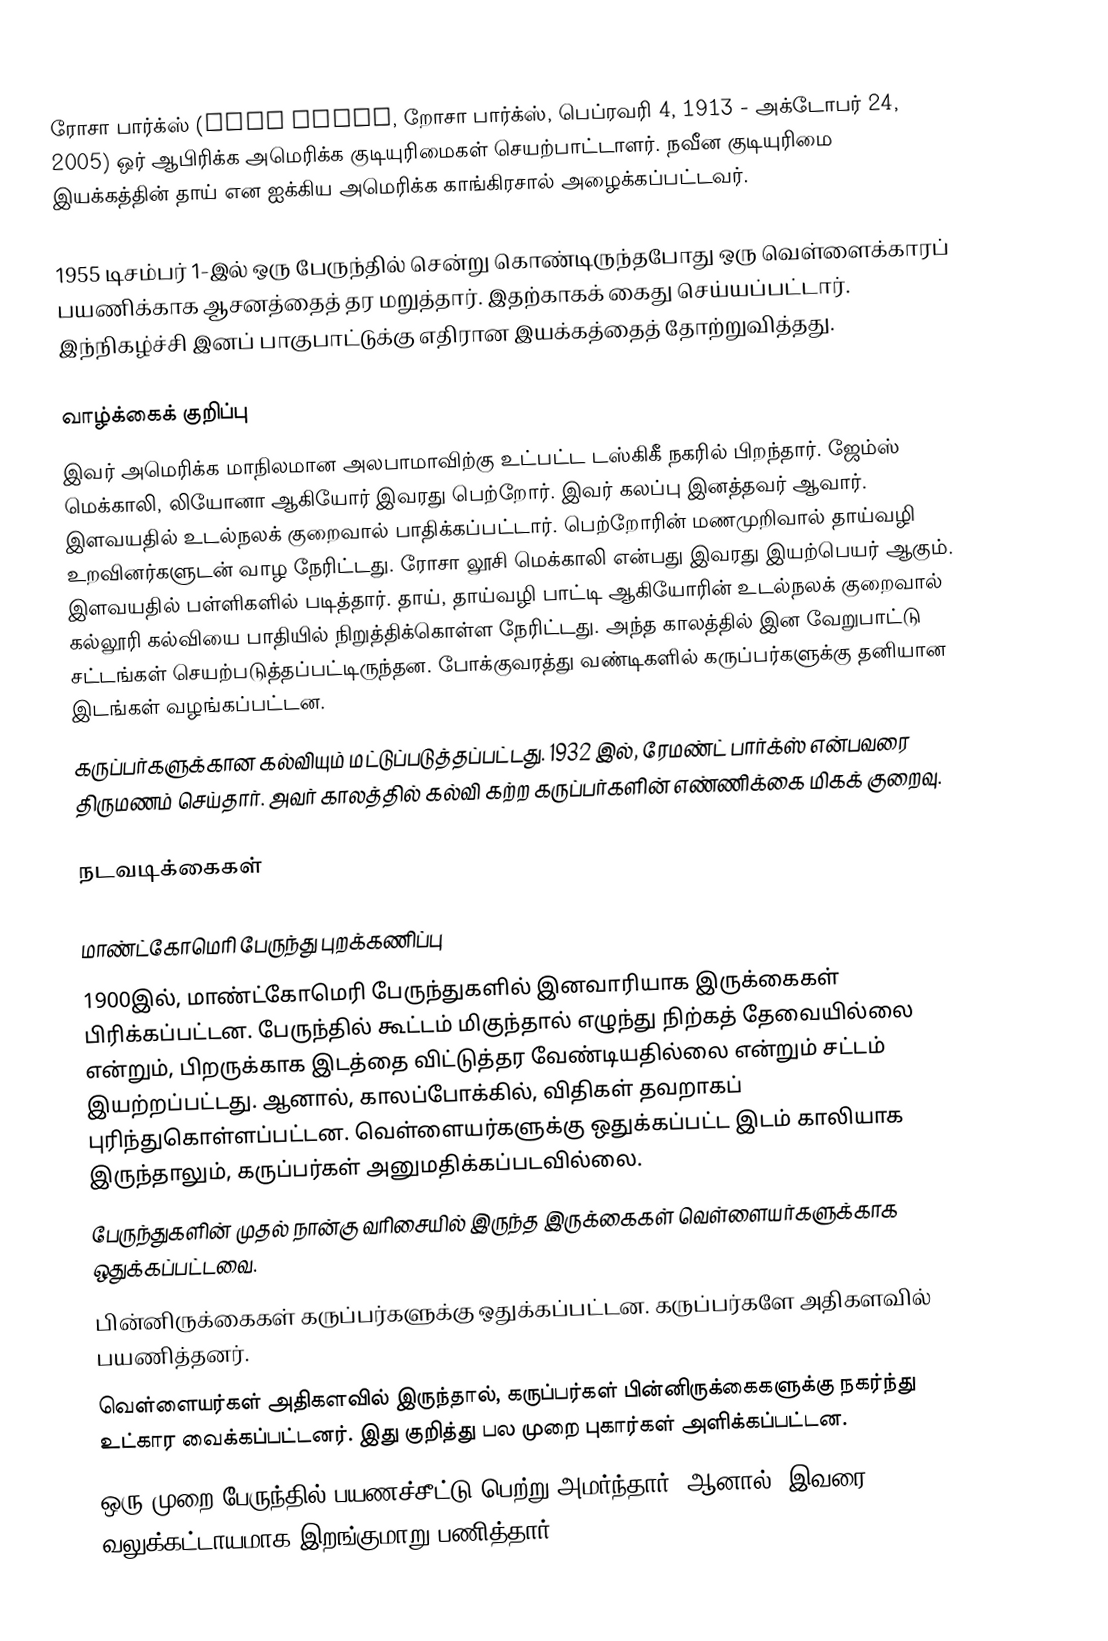
ரோசா பார்க்ஸ் (Rosa Parks, றோசா பார்க்ஸ், பெப்ரவரி 4, 1913 - அக்டோபர் 24, 2005) ஒர் ஆபிரிக்க அமெரிக்க குடியுரிமைகள் செயற்பாட்டாளர். நவீன குடியுரிமை இயக்கத்தின் தாய் என ஐக்கிய அமெரிக்க காங்கிரசால் அழைக்கப்பட்டவர்.

1955 டிசம்பர் 1-இல் ஒரு பேருந்தில் சென்று கொண்டிருந்தபோது ஒரு வெள்ளைக்காரப் பயணிக்காக ஆசனத்தைத் தர மறுத்தார். இதற்காகக் கைது செய்யப்பட்டார். இந்நிகழ்ச்சி இனப் பாகுபாட்டுக்கு எதிரான இயக்கத்தைத் தோற்றுவித்தது.

வாழ்க்கைக் குறிப்பு
இவர் அமெரிக்க மாநிலமான அலபாமாவிற்கு உட்பட்ட டஸ்கிகீ நகரில் பிறந்தார். ஜேம்ஸ் மெக்காலி, லியோனா ஆகியோர் இவரது பெற்றோர். இவர் கலப்பு இனத்தவர் ஆவார். இளவயதில் உடல்நலக் குறைவால் பாதிக்கப்பட்டார். பெற்றோரின் மணமுறிவால் தாய்வழி உறவினர்களுடன் வாழ நேரிட்டது. ரோசா லூசி மெக்காலி என்பது இவரது இயற்பெயர் ஆகும். இளவயதில் பள்ளிகளில் படித்தார். தாய், தாய்வழி பாட்டி ஆகியோரின் உடல்நலக் குறைவால் கல்லூரி கல்வியை பாதியில் நிறுத்திக்கொள்ள நேரிட்டது. அந்த காலத்தில் இன வேறுபாட்டு சட்டங்கள் செயற்படுத்தப்பட்டிருந்தன. போக்குவரத்து வண்டிகளில் கருப்பர்களுக்கு தனியான இடங்கள் வழங்கப்பட்டன.
கருப்பர்களுக்கான கல்வியும் மட்டுப்படுத்தப்பட்டது. 1932 இல், ரேமண்ட் பார்க்ஸ் என்பவரை திருமணம் செய்தார். அவர் காலத்தில் கல்வி கற்ற கருப்பர்களின் எண்ணிக்கை மிகக் குறைவு.

நடவடிக்கைகள்

மாண்ட்கோமெரி பேருந்து புறக்கணிப்பு
1900இல், மாண்ட்கோமெரி பேருந்துகளில் இனவாரியாக இருக்கைகள் பிரிக்கப்பட்டன. பேருந்தில் கூட்டம் மிகுந்தால் எழுந்து நிற்கத் தேவையில்லை என்றும், பிறருக்காக இடத்தை விட்டுத்தர வேண்டியதில்லை என்றும் சட்டம் இயற்றப்பட்டது. ஆனால், காலப்போக்கில், விதிகள் தவறாகப் புரிந்துகொள்ளப்பட்டன. வெள்ளையர்களுக்கு ஒதுக்கப்பட்ட இடம் காலியாக இருந்தாலும், கருப்பர்கள் அனுமதிக்கப்படவில்லை.
பேருந்துகளின் முதல் நான்கு வரிசையில் இருந்த இருக்கைகள் வெள்ளையர்களுக்காக ஒதுக்கப்பட்டவை.
பின்னிருக்கைகள் கருப்பர்களுக்கு ஒதுக்கப்பட்டன. கருப்பர்களே அதிகளவில் பயணித்தனர்.
வெள்ளையர்கள் அதிகளவில் இருந்தால், கருப்பர்கள் பின்னிருக்கைகளுக்கு நகர்ந்து உட்கார வைக்கப்பட்டனர். இது குறித்து பல முறை புகார்கள் அளிக்கப்பட்டன.
ஒரு முறை பேருந்தில் பயணச்சீட்டு பெற்று அமர்ந்தார். ஆனால், இவரை வலுக்கட்டாயமாக இறங்குமாறு பணித்தார்